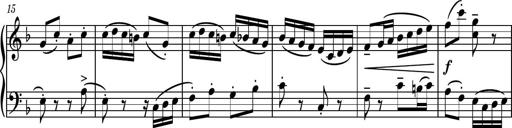
Title: Piano Sonatina No.8
Composer: Dimitri Sykias
Key: F major